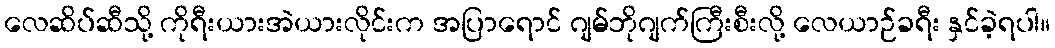
လေဆိပ်ဆီသို့ ကိုရီးယားအဲယားလိုင်းက အပြာရောင် ဂျမ်ဘိုဂျက်ကြီးစီးလို့ လေယာဉ်ခရီး နှင်ခဲ့ရပါ။